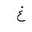
Letter: _gayn